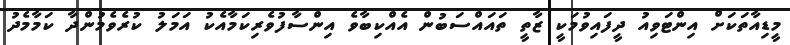
މީޑިއާތަކަށް އިންޓަވިއު ދީފައިވުމަކީ ޒާތީ ތައައްސަބުން އެއްކިބާވެ އިންސާފުވެރިކަމާއެކު އަމަލު ކުރެވެމުންދާ ކަމާމެދު